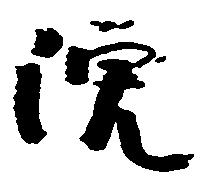
院